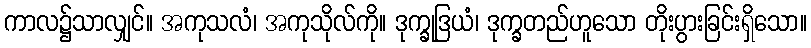
ကာလ၌သာလျှင်။ အကုသလံ၊ အကုသိုလ်ကို။ ဒုက္ခုဒြယံ၊ ဒုက္ခတည်ဟူသော တိုးပွားခြင်းရှိသော။